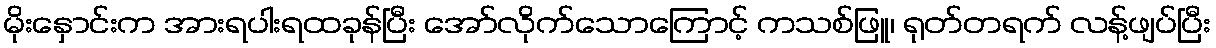
မိုးနှောင်းက အားရပါးရထခုန်ပြီး အော်လိုက်သောကြောင့် ကသစ်ဖြူ၊ ရုတ်တရက် လန့်ဖျပ်ပြီး